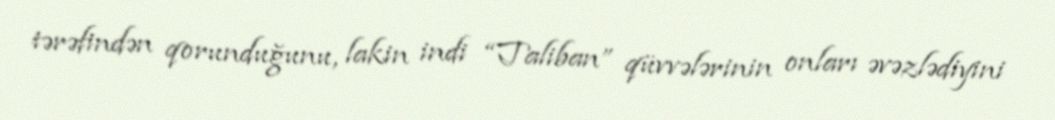
tərəfindən qorunduğunu, lakin indi “Taliban” qüvvələrinin onları əvəzlədiyini